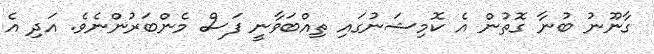
ގާނޫނު ބުނާ ގޮތުން އެ ކޮމިޝަނުގައި ތިއްބަވާނީ ފަސް މެންބަރުންނެވެ. އަދި އެ